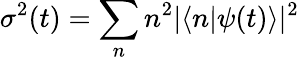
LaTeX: \sigma^{2}(t)=\sum_{n}n^{2}|\langle n|\psi(t)\rangle|^{2}